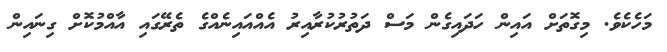
މަހެކެވެ. މިގޮތަށް އައިން ހަދައިގެން މަސް ދަތުރުކުރާއިރު އެއްއަައިނެއްގެ ތެރޭގައި އާއްމުކޮށް ގިނައިން